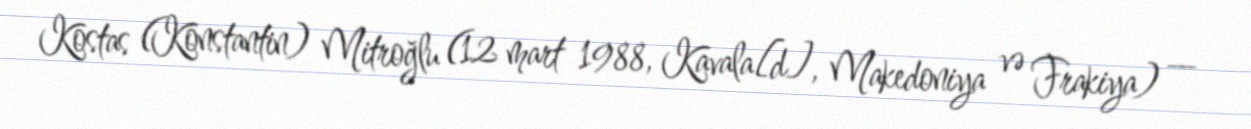
Kostas (Konstantin) Mitroğlu (12 mart 1988, Kavala[d], Makedoniya və Frakiya) —